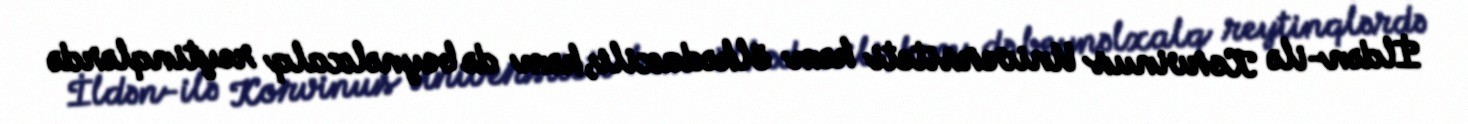
İldən-ilə Korvinus Universiteti həm ölkədaxili, həm də beynəlxalq reytinqlərdə